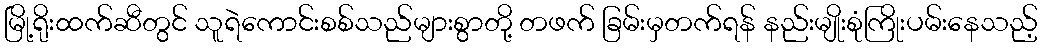
မြို့ရိုးထက်ဆီတွင် သူရဲကောင်းစစ်သည်များစွာတို့ တဖက် ခြမ်းမှတက်ရန် နည်းမျိုးစုံကြိုးပမ်းနေသည့်